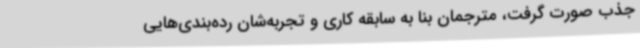
جذب صورت گرفت، مترجمان بنا به سابقه کاری و تجربه‌شان رده‌بندی‌هایی